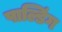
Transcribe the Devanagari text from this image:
पाल्डिंग